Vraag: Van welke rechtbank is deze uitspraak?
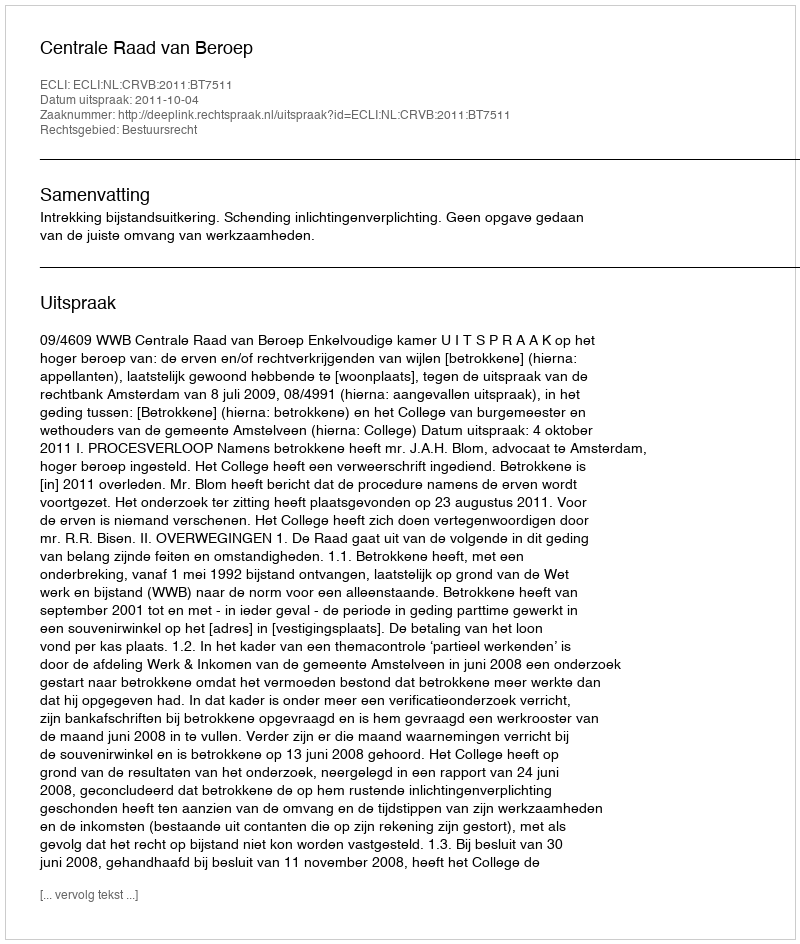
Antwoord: Centrale Raad van Beroep